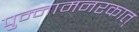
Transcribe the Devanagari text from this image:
पुन्नामनरकात्